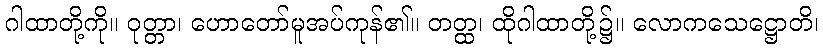
ဂါထာတို့ကို။ ဝုတ္တာ၊ ဟောတော်မူအပ်ကုန်၏။ တတ္ထ၊ ထိုဂါထာတို့၌။ လောကသေဋ္ဌောတိ၊